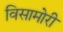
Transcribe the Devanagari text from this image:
विसामोरी